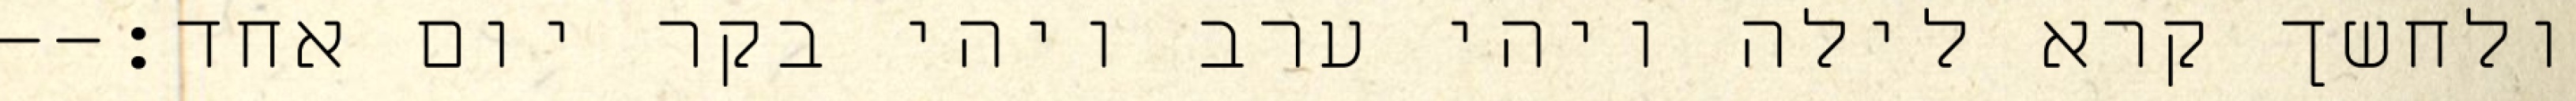
ולחשך קרא לילה ויהי ערב ויהי בקר יום אחד׃--